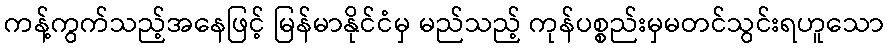
ကန့်ကွက်သည့်အနေဖြင့် မြန်မာနိုင်ငံမှ မည်သည့် ကုန်ပစ္စည်းမှမတင်သွင်းရဟူသော